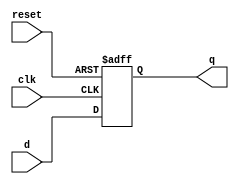
module synchronous_register (
    input wire clk,         // Clock input
    input wire reset,       // Asynchronous reset input
    input wire [3:0] d,     // 4-bit data input
    output reg [3:0] q      // 4-bit data output
);

// Sequential logic using non-blocking assignments
always @(posedge clk or posedge reset) begin
    if (reset) begin
        // Asynchronous reset
        q <= 4'b0000;      // Reset output to 0
    end else begin
        // Update output on clock edge
        q <= d;            // Load input data into output
    end
end

endmodule